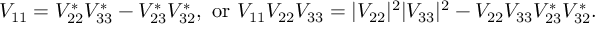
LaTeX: V _ { 1 1 } = V _ { 2 2 } ^ { * } V _ { 3 3 } ^ { * } - V _ { 2 3 } ^ { * } V _ { 3 2 } ^ { * } , \mathrm { ~ o r ~ } V _ { 1 1 } V _ { 2 2 } V _ { 3 3 } = | V _ { 2 2 } | ^ { 2 } | V _ { 3 3 } | ^ { 2 } - V _ { 2 2 } V _ { 3 3 } V _ { 2 3 } ^ { * } V _ { 3 2 } ^ { * } .